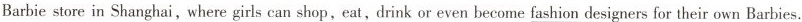
Barbie store in Shanghai,where girls can shop, eat,drink or even become_ fashion designers for their own Barbies.